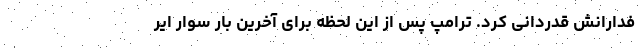
فدارانش قدردانی کرد. ترامپ پس از این لحظه برای آخرین بار سوار ایر